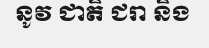
នូវ ជាតិ ជរា និង